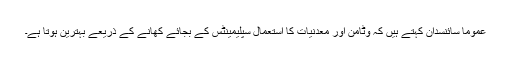
عموما سائنسدان کہتے ہیں کہ وٹامن اور معدنیات کا استعمال سپلیمینٹس کے بجائے کھانے کے ذریعے بہترین ہوتا ہے۔